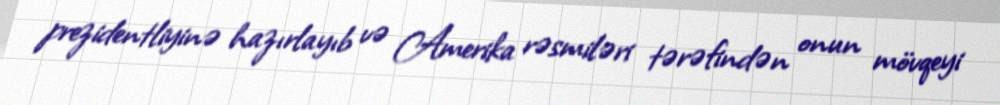
prezidentliyinə hazırlayıb və Amerika rəsmiləri tərəfindən onun mövqeyi